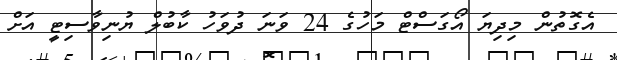
އެގޮތުން މިދިޔަ އޯގަސްޓް މަހުގެ 24 ވަނަ ދުވަހު ކާބުލް ޔުނިވާސިޓީ އަށް